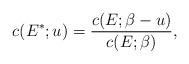
LaTeX: \begin{align*} c(E^*;u) = \frac{c(E;\beta-u)}{c(E;\beta)},\end{align*}